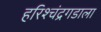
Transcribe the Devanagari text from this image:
हरिश्चंद्रगडाला